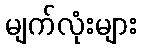
မျက်လုံးများ